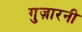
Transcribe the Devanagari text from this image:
गुज़ारनी